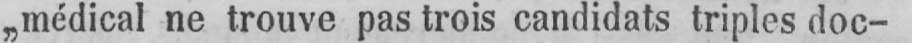
„médical ne trouve pas trois candidats triples doc-